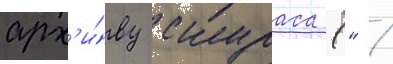
арх'и́ву скураса (" /